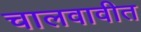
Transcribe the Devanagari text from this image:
चालवावीत